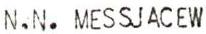
N.N. MESSJACEW